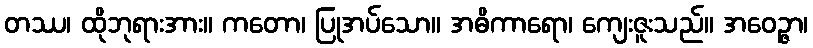
တဿ၊ ထိုဘုရားအား။ ကတော၊ ပြုအပ်သော။ အဓိကာရော၊ ကျေးဇူးသည်။ အဝေဉ္ဇာ၊